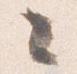
々